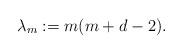
LaTeX: \begin{align*}\lambda_{m}:=m(m+d-2).\end{align*}